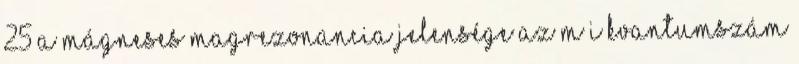
25 A mágneses magrezonancia jelensége Az M I kvantumszám